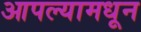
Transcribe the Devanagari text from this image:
आपल्यामधून